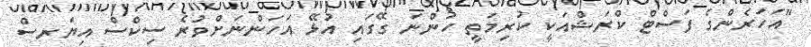
"އަހަރެންގެ ފަސްޓް ކްރަޝްއަކީ ކުރިމަތީ ހުންނަ ގޭގައި އުޅޭ އަހަންނަށްވުރެ ސިކްސް އިޔަރސް